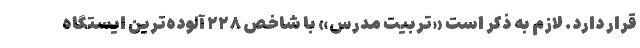
قرار دارد. لازم به ذکر است «تربیت مدرس» با شاخص ۲۲۸ آلوده‌ترین ایستگاه